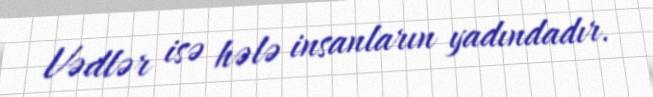
Vədlər isə hələ insanların yadındadır.